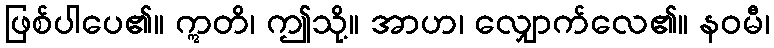
ဖြစ်ပါပေ၏။ ဣတိ၊ ဤသို့။ အာဟ၊ လျှောက်လေ၏။ နဝမီ၊